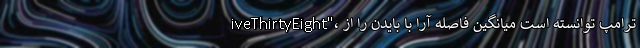
iveThirtyEight"، ترامپ توانسته است میانگین فاصله آرا با بایدن را از